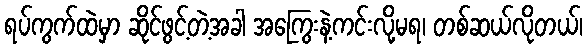
ရပ်ကွက်ထဲမှာ ဆိုင်ဖွင့်တဲ့အခါ အကြွေးနဲ့ကင်းလို့မရ၊ တစ်ဆယ်လိုတယ်၊